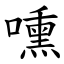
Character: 嚑